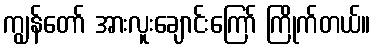
ကျွန်တော် အားလူးချောင်းကြော် ကြိုက်တယ်။